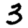
Digit: 3